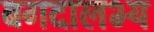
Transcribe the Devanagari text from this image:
बगदालभ्य